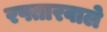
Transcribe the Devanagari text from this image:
रफ्तारवाले